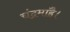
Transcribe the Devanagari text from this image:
चंद्रमाहै।